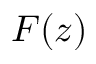
F ( z )